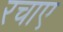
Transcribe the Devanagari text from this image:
रचाए